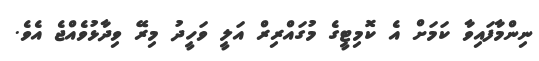
ނިންމާފައިވާ ކަމަށް އެ ކޮމިޓީގެ މުގައްރިރް އަލީ ވަހީދު މިރޭ ވިދާޅުވެއްޖެ އެވެ.